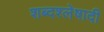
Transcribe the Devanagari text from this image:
शब्दश्लेषादी